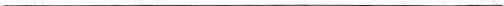
___